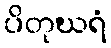
ပိတုဃရံ